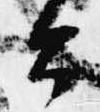
公